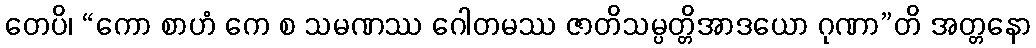
တေပိ၊ “ကော စာဟံ ကေ စ သမဏဿ ဂေါတမဿ ဇာတိသမ္ပတ္တိအာဒယော ဂုဏာ”တိ အတ္တနော